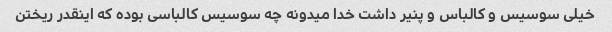
خیلی سوسیس و کالباس و پنیر داشت خدا میدونه چه سوسیس کالباسی بوده که اینقدر ریختن